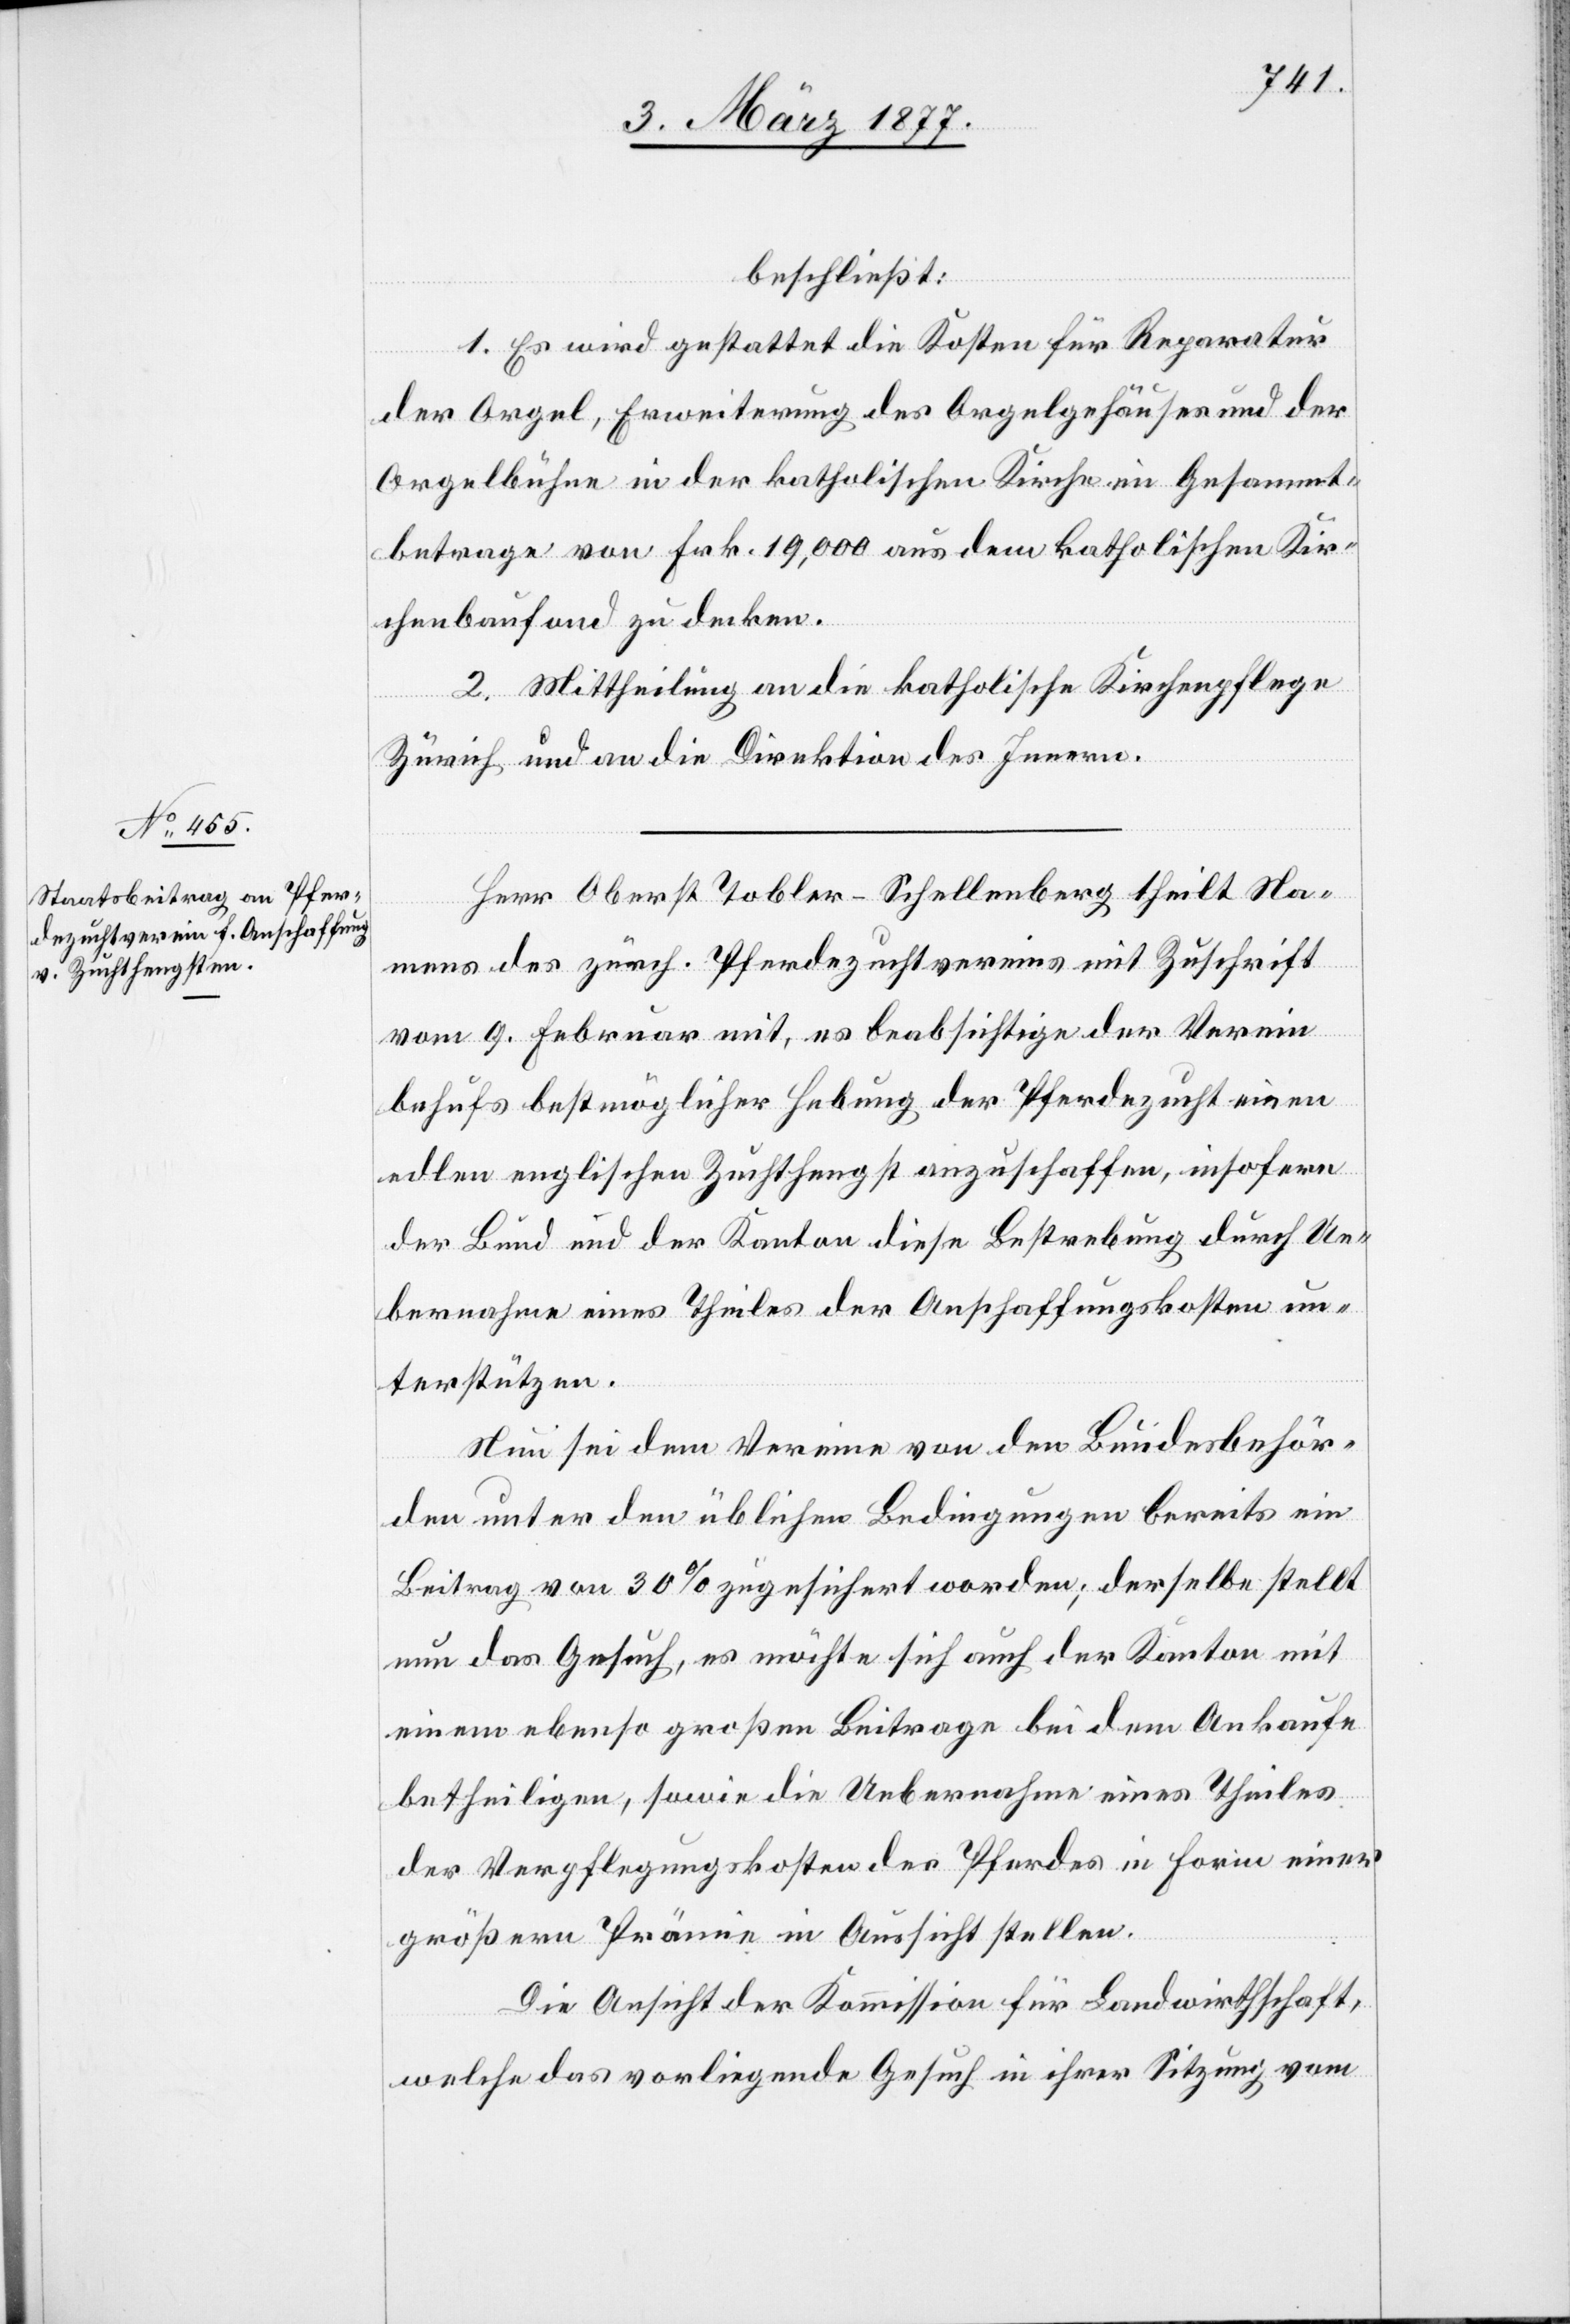
beschließt:
1. Es wird gestattet die Kosten für Reparatur
der Orgel, Erweiterung des Orgelgehäuses und der
Orgelbühne in der katholischen Kirche im Gesammt¬
betrage von Frk. 19,000 aus dem katholischen Kir¬
chenbaufond zu decken.
2. Mittheilung an die katholische Kirchenpflege
Zürich und an die Direktion des Innern.
Herr Oberst Tobler-Schellenberg theilt Na¬
mens des zürch. Pferdezuchtvereins mit Zuschrift
vom 9. Februar mit, es beabsichtige der Verein
behufs bestmöglicher Hebung der Pferdezucht einen
edlen englischen Zuchthengst anzuschaffen, insofern
der Bund und der Kanton diese Bestrebung durch Ue¬
bernahme eines Theils der Anschaffungskosten un¬
terstützen.
Nun sei dem Vereine von den Bundesbehör¬
den unter den üblichen Bedingungen bereits ein
Beitrag von 30% zugesichert worden; derselbe stellt
nun das Gesuch, es möchte sich auch der Kanton mit
einem ebenso großen Beitrag bei dem Ankaufe
betheiligen, sowie die Uebernahme eines Theiles
der Verpflegungskosten des Pferdes in Form einer
größern Prämie in Aussicht stellen.
Die Ansicht der Kommission für Landwirthschaft,
welche das vorliegende Gesuch in ihrer Sitzung vom